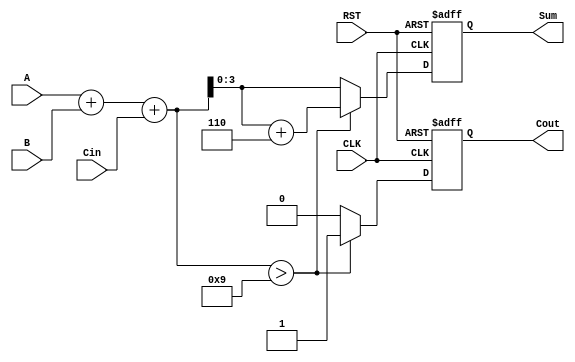
module BCD_Synchronous_Adder (
    input  wire [3:0] A,       // First BCD digit (input)
    input  wire [3:0] B,       // Second BCD digit (input)
    input  wire Cin,           // Carry input
    input  wire CLK,           // Clock signal
    input  wire RST,           // Reset signal
    output reg  [3:0] Sum,     // BCD sum output
    output reg  Cout           // Carry output
);

    // Internal signals
    reg [4:0] binary_sum;      // To hold the intermediate binary sum (5 bits to accommodate carry)
    
    always @(posedge CLK or posedge RST) begin
        if (RST) begin
            Sum <= 4'b0000;      // Reset Sum to 0
            Cout <= 1'b0;       // Reset Cout to 0
        end else begin
            // Calculate binary sum including carry input
            binary_sum = A + B + Cin;
            
            // Check if binary sum exceeds 9 (1001 in binary) or if there's a carry-out
            if (binary_sum > 5'd9) begin
                // Apply BCD correction by adding 6 (0110)
                Sum <= binary_sum + 5'd6;
                Cout <= 1'b1;    // Set carry-out
            end else begin
                Sum <= binary_sum[3:0]; // Assign lower 4 bits as the BCD sum
                Cout <= 1'b0;    // No carry-out
            end
        end
    end

endmodule